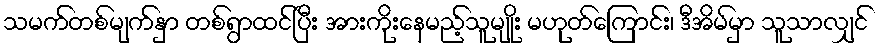
သမက်တစ်မျက်နှာ တစ်ရွာထင်ပြီး အားကိုးနေမည့်သူမျိုး မဟုတ်ကြောင်း၊ ဒီအိမ်မှာ သူသာလျှင်